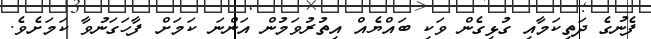
ފެނުގެ ދަތިކަމާއި ގުޅިގެން ވަކި ބައްޔެއް އިތުރުވަމުން އަންނަ ކަމަށް ފާހަގަނުވާ ކަމަށެވެ.